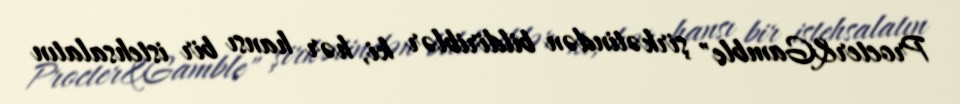
Procter&Gamble" şirkətindən bildiriblər ki, hər hansı bir istehsalatın